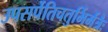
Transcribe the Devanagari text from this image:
उपसर्पेतिचतुर्भिर्मंत्रैः